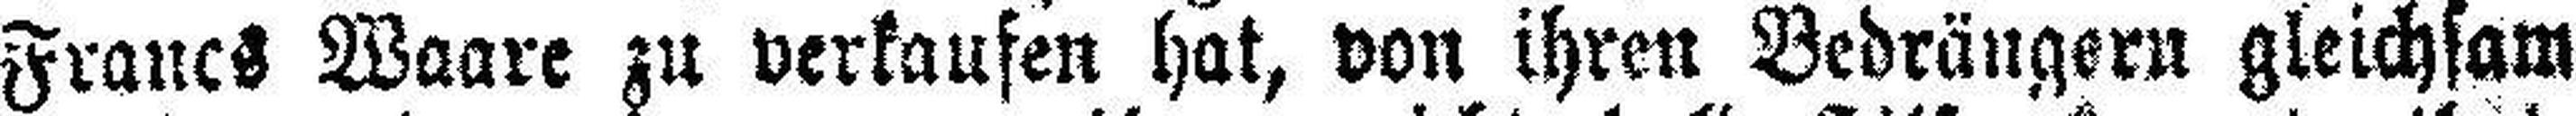
Francs Waare zu verkaufen hat, von ihren Bedrängern gleichsam